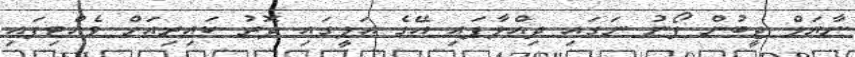
ނާޔަލް ޖީބުން ފޯނު ނަގައި ދިއްލާފައި އޭގެ އަލީގައި ދޮރު ކައިރިއަށް ވެއްޓިފައި